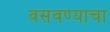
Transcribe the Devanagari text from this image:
वसवण्याचा